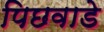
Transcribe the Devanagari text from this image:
पिछवाडे